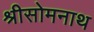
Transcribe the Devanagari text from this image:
श्रीसोमनाथ